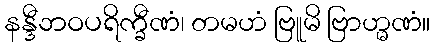
နန္ဒီဘဝပရိက္ခီဏံ၊ တမဟံ ဗြူမိ ဗြာဟ္မဏံ။